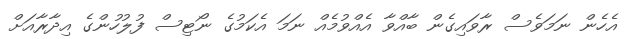
އެހެން ނަމަވެސް ރާވައިގެން ބާއްވާ އެއްވުމެއް ނަމަ އެކަމުގެ ނޯޓިސް ފުލުހުންގެ އިދާރާއަށް